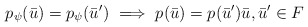
\begin{align*} p_\psi ( \bar{u} ) = p_\psi (\bar{u}^\prime ) ~ \Longrightarrow ~ p ( \bar{u}) = p ( \bar{u}^\prime ) \bar{u}, \bar{u}^\prime \in F\end{align*}